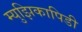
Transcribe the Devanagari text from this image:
म्युझिकापिडी